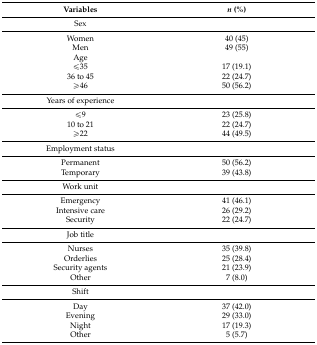
| Variables | n (%) |
 | --- | --- |
 | Sex |  |
 | Women | 40 (45) |
 | Men | 49 (55) |
 | Age |  |
 | ≤35 | 17 (19.1) |
 | 36 to 45 | 22 (24.7) |
 | ≥46 | 50 (56.2) |
 | Years of experience |  |
 | ≤9 | 23 (25.8) |
 | 10 to 21 | 22 (24.7) |
 | ≥22 | 44 (49.5) |
 | Employment status |  |
 | Permanent | 50 (56.2) |
 | Temporary | 39 (43.8) |
 | Work unit |  |
 | Emergency | 41 (46.1) |
 | Intensive care | 26 (29.2) |
 | Security | 22 (24.7) |
 | Job title |  |
 | Nurses | 35 (39.8) |
 | Orderlies | 25 (28.4) |
 | Security agents | 21 (23.9) |
 | Other | 7 (8.0) |
 | Shift |  |
 | Day | 37 (42.0) |
 | Evening | 29 (33.0) |
 | Night | 17 (19.3) |
 | Other | 5 (5.7) |